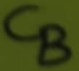
Text: CB